Petrogradi_Kontroll-Opteerimise_Komisjon, lk 146
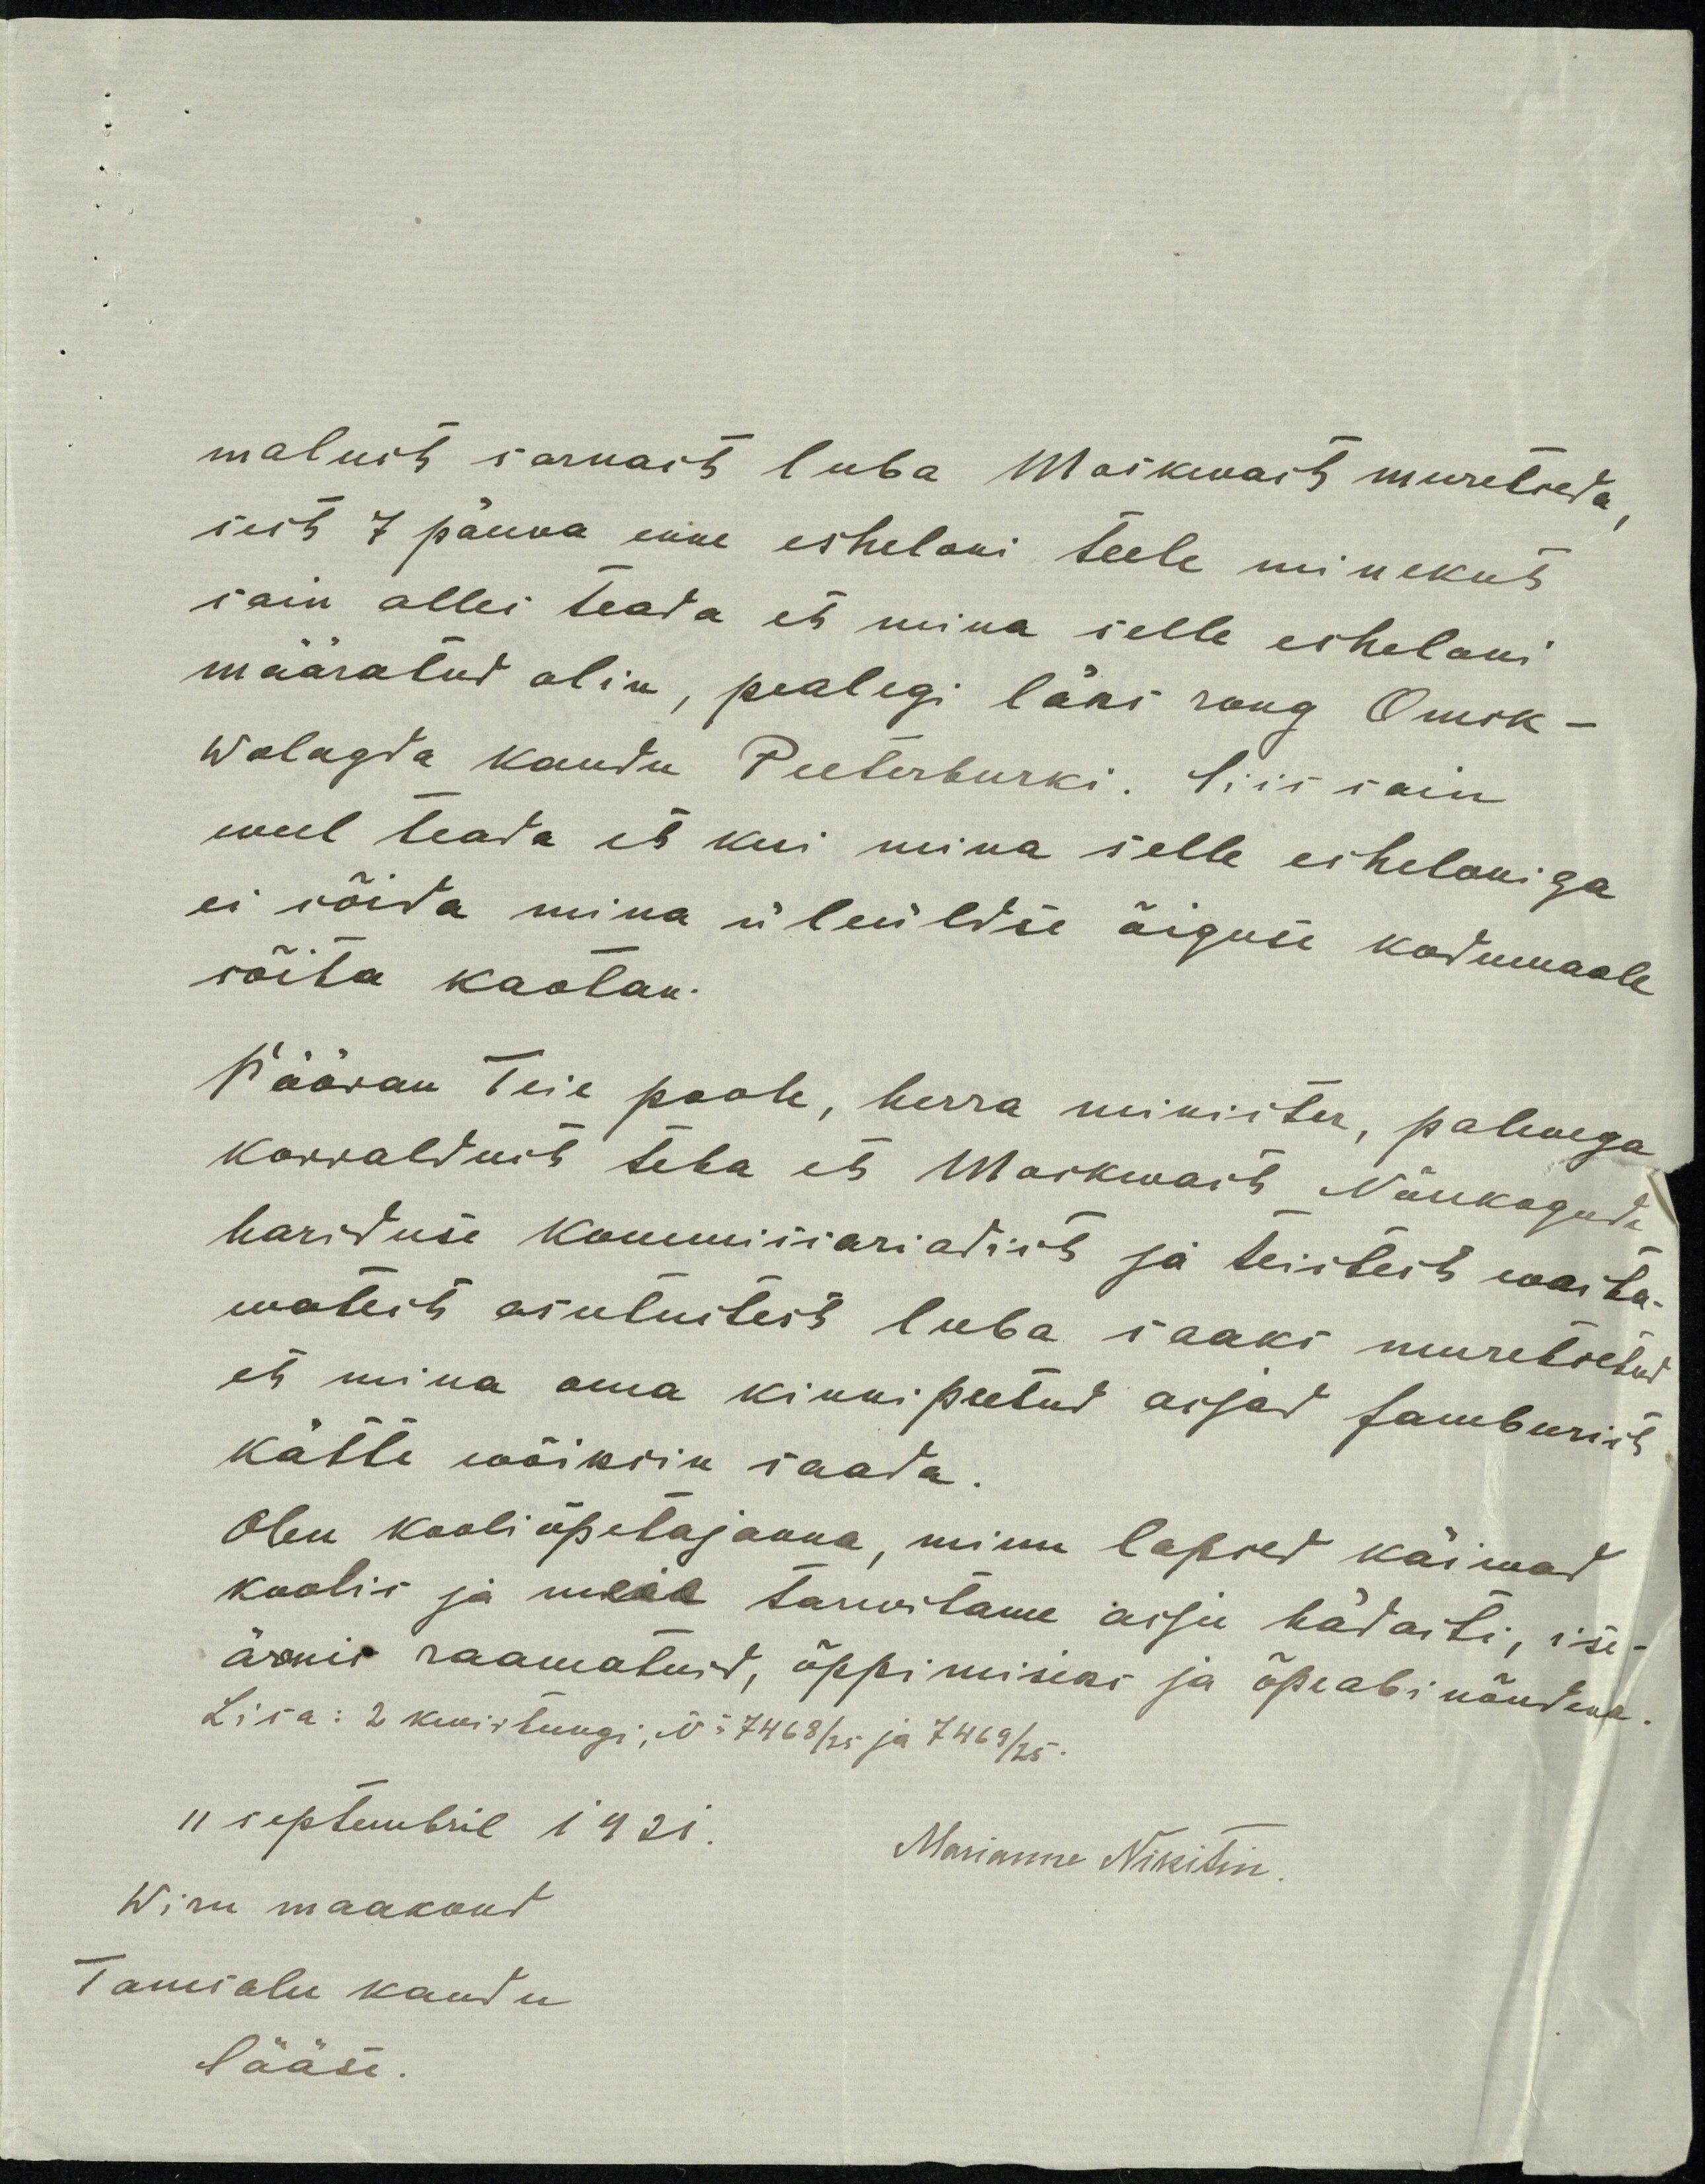
malust sarnast luba Moskwast muretseda,
sest 7 päewa enne esheloni teele minekut
sain alles teada et mina selle esheloni
määratud olin, pealegi läks rong Omsk-
Wologda kaudu Peeterburki. Siis sain
weel teada et kui mina selle esheloniga
ei sõida mina üleüldse õiguse kodumaale
sõita kaotan.
Pööran Teie poole, herra minister, palwega
korraldust teha et Moskwast Nõukogude
hariduse kommissariadist ja teistest wasta-
watest asutustest luba saaks muretsetud
et mina oma kinnipeetud asjad Jamburist
kätte wõiksin saada.
Olen kooliõpetajanna, minu lapsed käiwad
koolis ja meie tarwitame asju hädasti, ise-
äranis raamatuid, õppimiseks ja õpeabinõudena.
Lisa: 2 kwiitungi; No 7468/25 ja 7469/25.
11 septembril 1921.
Marianne Nikitin
Wiru maakoht
Tamsalu kaudu
Sääse